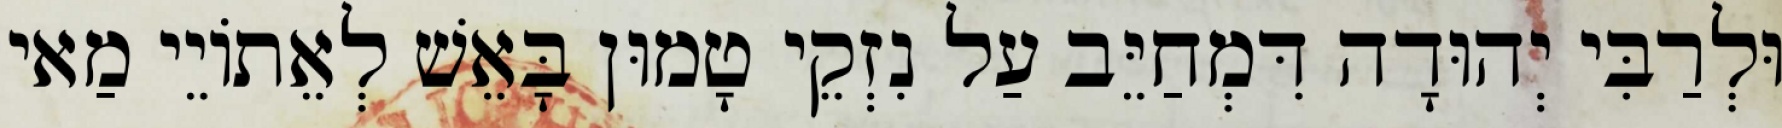
וּלְרַבִּי יְהוּדָה דִּמְחַיֵּב עַל נִזְקֵי טָמוּן בָּאֵשׁ לְאֵתוֹיֵי מַאי